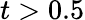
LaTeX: t>0.5